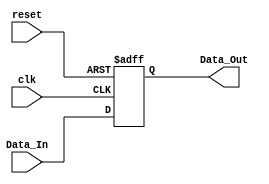
module 
 delay_1_0 #(parameter
	SIG_DATA_WIDTH = 0,
	delay_cycles = 1
	)(
	input clk,
	input reset,
	input [SIG_DATA_WIDTH-1:0] Data_In,
	output [SIG_DATA_WIDTH-1:0] Data_Out
	);
	

	reg	[SIG_DATA_WIDTH-1:0] FIFO  [delay_cycles-1:0] ;
	always @ (posedge clk or posedge reset)
    begin
        if(reset)
		begin
			FIFO[0] <= {SIG_DATA_WIDTH{1'b0}};
		end
		else
		begin
			FIFO[0] <= Data_In;
		end
	end

	assign    Data_Out = FIFO[0];
endmodule